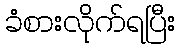
ခံစားလိုက်ရပြီး